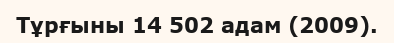
Тұрғыны 14 502 адам (2009).